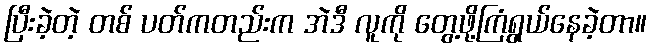
ပြီးခဲ့တဲ့ တစ် ပတ်ကတည်းက အဲဒီ လူကို တွေ့ဖို့ကြံရွယ်နေခဲ့တာ။